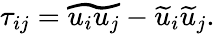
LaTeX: \tau_{ij}=\widetilde{u_{i}u_{j}}-{\widetilde{u}}_{i}{\widetilde{u}}_{j}.